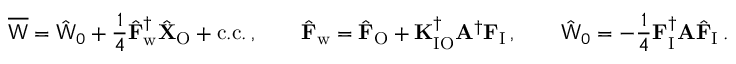
\overline { { \mathsf { W } } } = \hat { \mathsf { W } } _ { 0 } + \frac { 1 } { 4 } \hat { \mathbf { F } } _ { \mathrm { w } } ^ { \dagger } \hat { \mathbf { X } } _ { \mathrm { O } } + \mathrm { c . c . } \, , \qquad \hat { \mathbf { F } } _ { \mathrm { w } } = \hat { \mathbf { F } } _ { \mathrm { O } } + \mathbf { K } _ { \mathrm { I O } } ^ { \dagger } \mathbf { A } ^ { \dagger } \mathbf { F } _ { \mathrm { I } } \, , \qquad \hat { \mathsf { W } } _ { 0 } = - \frac { 1 } { 4 } \mathbf { F } _ { \mathrm { I } } ^ { \dagger } \mathbf { A } \hat { \mathbf { F } } _ { \mathrm { I } } \, .